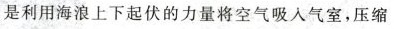
是利用海浪上下起伏的力量将空气吸入气室，压缩